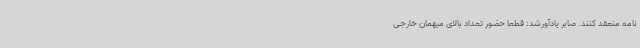
نامه منعقد کنند. صابر یادآورشد: قطعا حضور تعداد بالای میهمان خارجی